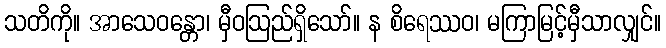
သတိကို။ အာသေဝန္တော၊ မှီဝဩည်ရှိသော်။ န စိရေဿဝ၊ မကြာမြင့်မှီသာလျှင်။